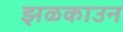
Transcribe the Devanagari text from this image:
झळकाउन